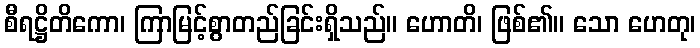
စီရဋ္ဌိတိကော၊ ကြာမြင့်စွာတည်ခြင်းရှိသည်။ ဟောတိ၊ ဖြစ်၏။ သော ဟေတု၊